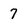
Character: 7